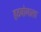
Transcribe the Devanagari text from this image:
हठयोगाला